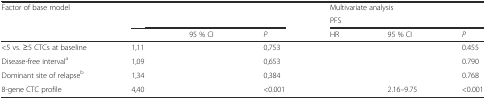
<table><thead><tr><td><b>Factor of base model</b></td><td colspan="3">[EMPTY_CELL]</td><td colspan="3"><b>Multivariate analysis</b></td></tr><tr><td>[EMPTY_CELL]</td><td colspan="3">[EMPTY_CELL]</td><td colspan="3"><b>PFS</b></td></tr><tr><td>[EMPTY_CELL]</td><td>[EMPTY_CELL]</td><td><b>95 % CI</b></td><td><b><i>P</i></b></td><td><b>HR</b></td><td><b>95 % CI</b></td><td><b><i>P</i></b></td></tr></thead><tbody><tr><td>&lt;5 vs. ≥5 CTCs at baseline</td><td>1,11</td><td>[EMPTY_CELL]</td><td>0,753</td><td>[EMPTY_CELL]</td><td>[EMPTY_CELL]</td><td>0.455</td></tr><tr><td>Disease-free interval<sup>a</sup></td><td>1,09</td><td>[EMPTY_CELL]</td><td>0,653</td><td>[EMPTY_CELL]</td><td>[EMPTY_CELL]</td><td>0.790</td></tr><tr><td>Dominant site of relapse<sup>b</sup></td><td>1,34</td><td>[EMPTY_CELL]</td><td>0,384</td><td>[EMPTY_CELL]</td><td>[EMPTY_CELL]</td><td>0.768</td></tr><tr><td>8-gene CTC profile</td><td>4,40</td><td>[EMPTY_CELL]</td><td>&lt;0.001</td><td>[EMPTY_CELL]</td><td>2.16–9.75</td><td>&lt;0.001</td></tr></tbody></table>